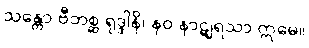
သန္တော ဗီဘစ္ဆ ရုဒ္ဒါနိ၊ နဝ နာဋျရသာ ဣမေ။